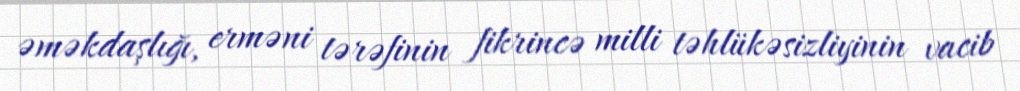
əməkdaşlığı, erməni tərəfinin fikrincə milli təhlükəsizliyinin vacib